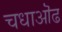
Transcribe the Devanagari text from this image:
चधाऒढ